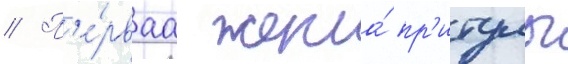
// П'е́рваа жена́ пр'итулы